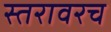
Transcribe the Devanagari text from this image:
स्तरावरच